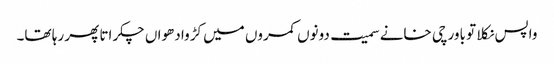
واپس نکلا تو باورچی خانے سمیت دونوں کمروں میں کڑوا دھواں چکراتا پھر رہا تھا۔